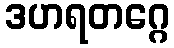
ဒဟရတဂ္ဂေ